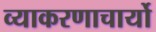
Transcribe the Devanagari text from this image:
व्याकरणाचार्यो